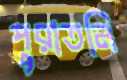
পুরাতনি